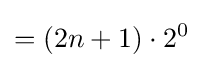
=(2n+1)\cdot 2^{0}